Vital statistics of India. Vol. IV, Annual returns from 1871 to 1876. British Army of India, Native Army and jails of Bengal
Year: 1871
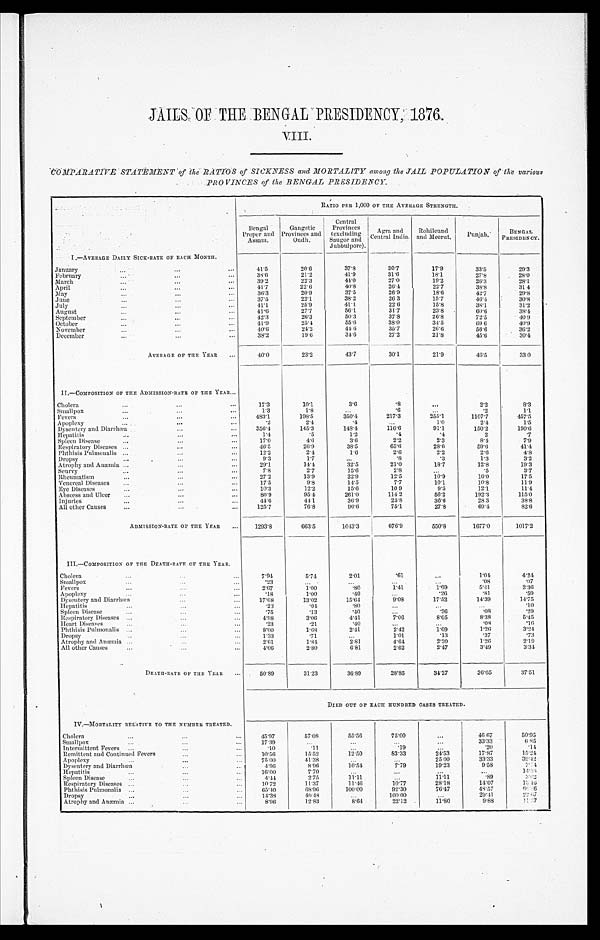
JAILS OF THE BENGAL PRESIDENCY, 1876.
VIII.
COMPARATIVE STATEMENT of the RATIOS of SICKNESS and MORTALITY among the JAIL POPULATION of the various
PROVINCES of the BENGAL PRESIDENCY.
RATIO PER 1,000 OF THE AVERAGE STRENGTH.
Bengal
Proper and
Assam.
Gangetic
Provinces and
Oudh.
Central
Provinces
(excluding
Saugor and
Jubbulpore).
Agra and Central India.
Ro h i l c u n d a n d Me e r u t .
Punjab. BENGAL PRESIDENCY.
I.—AVERAGE DAILY SICK-RATE OF EACH MONTH.
January
41.5
2 0 . 6
37. 8
30.7
17.9
33.5
29.3
February
38. 6
21.2
41.9
31.6
18.1
27.8
28.0
March
39. 2
2 2 . 3
4 4 . 0
2 7 . 0
1 9 . 2
26.3
28.1
April
41.7
22.6
40.8
26.4
22. 7
38.8
31.4
May
36. 3
2 0 . 9
37. 5
26.9
18. 6
42.7
29.8
June
37.5
22.1
38.2
26.3
15.7
46.4
30.8
July
41.1
2 5 . 9
41.1
22.6
15. 8
38.1
31.2
August
41.6
27.7
56.1
31.7
23.8
60.6
38.4
September
42.3
2 6 . 3
50. 3
37.8
26. 8
72.5
4 0 . 9
October
41.9
2 5 . 4
55.6
38.0
34. 5
69.6
40.9
November
40. 6
2 4 . 2
44.6
35.7
26.6
56.6
36.2
December
38. 2
19.6
34.6
27.2
21.8
45.6
30.4
AVERAGE OF THE YEAR
40. 0
2 3 . 2
43.7
30.1
21.9
46.5
33.0
II.—COMPOSITION OF THE ADMISSION-RATE OF THE YEAR
Cholera
17.3
1 0 . 1
3.6
.8
...
2.2
8.3
Smallpox
1.3
1.8
...
.6
. . .
. 2
1.1
Fevers
483.1
198. 5
350. 4
217.3
255.1
1107.7
457.5
Apoplexy
.2
2 . 4
.4
...
1 . 0
2.4
1.5
Dysentery and Diarrhœa
356. 4
145. 3
148. 4
116.6
91.1
150. 2
190.6
Hepatitis
1 . 4
.5
1.2
.4
.4
2
.7
Spleen Disease
17.0
4.6
3.6
2.2
2 . 3
8.4
7.9
Respiratory Diseases
46. 5
2 6 . 9
38. 5
65.6
28.6
59.6
41.4
Phthisis Pulmonalis
1 2 . 2
2 . 4
1.6
2 . 6
2.2
2.6
4.8
Dropsy
9.3
1.7
. . . .8
.3
1.3
3.2
Atrophy and Anæmia
29.1
1 4 . 4
32.5
21.0
18.7
12.8
19.3
Scurvy
7.8
2.7
15.6
2.8
. . .
. 5
3.7
Rheumatism
27.2
13.9
22. 9
12.5
10.9
16.0
17.5
Venereal Diseases
1 7 . 5
9 . 8
14.5
7.7
10. 1
10.8
11.9
Eye Diseases
1 0 . 3
1 2 . 2
15. 6
10. 9
9.5
12.1
11.4
Abscess and Ulcer
86. 9
9 5 . 4
261.0
114. 2
56. 2
192.3
1 1 5 . 0
Injuries
44.6
44.1
36. 9
25. 8
36. 6
28.3
38.8
All other Causes
125.7
7 6 . 8
96. 6
75.1
27.8
69.4
82.6
ADMISSION-RATE OF THE YEAR
1293.8
663.5
1043.3
676. 9
550. 8
1677.0
1017.2
III.—COMPOSITION OF THE DEATH-RATE OF THEY E A R .
Cholera
7.94
5. 74
2.01
.61
...
1.04
4.24
Smallpox
.23
...
...
...
...
. 0 8.07
Fevers
2.67
1.00
.80
1.41
1.69
5.41
2.36
Apoplexy
. 1 8
1.00
.40
...
.26
. 8 1.59
Dysentery and Diarrhœa
17.68
13.02
15.64
9.08
17.52
14.39
14.75
Hepatitis
.23
. 04
. 8 0
...
...
...
.10
Spleen Disease
.75
.13
. 4 0
...
.26
. 0 8.29
Respiratory Diseases
4.98
3. 06
4.41
7.06
8.05
8.38
5.45
Heart Diseases
.23
.21
.40
...
...
. 0 8.
1 6
Phthisis Pulmonalis
8.00
1. 68
2.41
2.42
1.69
1.26
3.24
Dropsy
1.33
.71
. . .
1 . 0 1 .13
. 3 7.73
Atrophy and Anæmia
2.61
1.84
2.81
4.64
2.20
1.26
2.19
All other Causes
4.06
2. 80
6.81
2.62
2.47
3.49
3.34
DEATH-RATE OF THE YEAR
50.89
31.23
36.89
28.85
34.27
36.65
37.51
DIED OUT OF EACH HUNDRED CASES TREATED.
IV.—MORTALITY RELATIVE TO THE NUMBER TREATED.
Cholera
45.97
57.08
55.56
75.00
...
46.67
50.95
Smallpox
17.39
. . .
...
...
. . .
33.33
6.85
Intermittent Fevers
.10
.11
...
.19
...
.20
.14
Remittent and Continued Fevers
10.56
15.52
12.50
83.33
24.53
17.87
15.24
Apoplexy
75.00
41.38
...
...
25.0 0
33.33
39.42
Dysentery and Diarrhœa
4.96
8.96
10.54
7.79
19.23
9.58
7 . 7 4
Hepatitis
16.00
7.70
...
...
...
...
14.58
Spleen Disease
4.44
2. 75
11.11
. . .
11.11
.89
3.62
Respiratory Diseases
10.72
11.37
11.46
10.77
28.18
14.07
1 3 . 1 6
Phthisis Pulmonalis
65.40
68.96
100.00
92.30
76.47
48.57
6 6 . 8 6
Dropsy
14.38
40.48
...
100.00
...
29.41
22.67
Atrophy and Anæmia
8.96
12.83
8.64
22.12
11.80
9.88
1 1 . 3 7